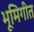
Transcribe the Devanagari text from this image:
भूमिगीत